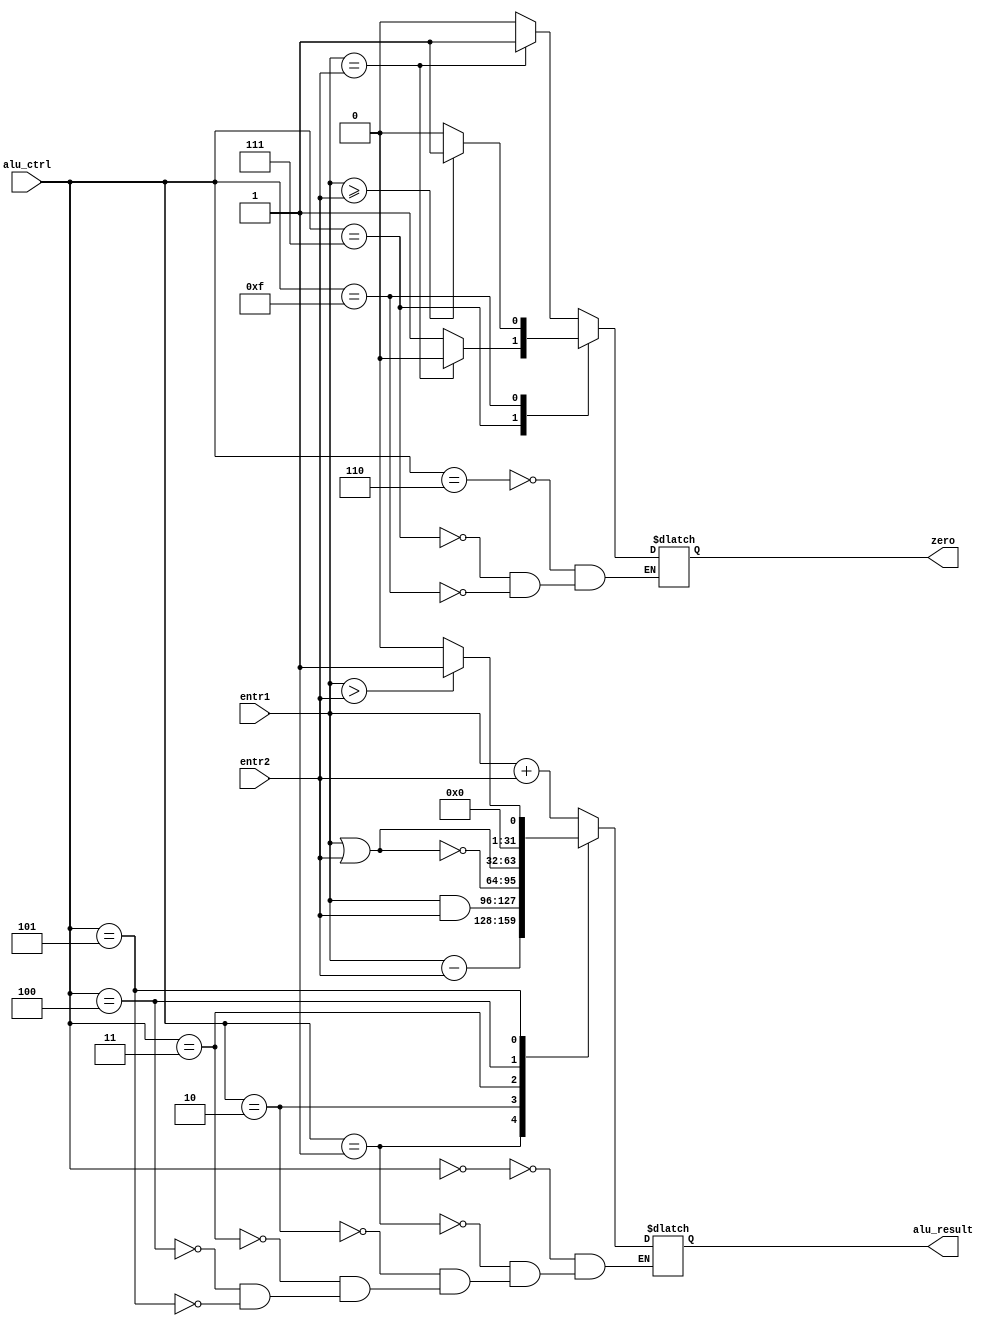
module ALU(entr1,entr2,alu_ctrl,alu_result,zero);
//entradas al alu
input [31:0] entr1, entr2;
//orden de la instruccion 
input [3:0] alu_ctrl;

output reg zero;
initial begin
zero = 1'b0;
end

output reg [31:0] alu_result;
/*
ISA-1:
add,addi,sub,and,andi,nor,ori,or,slti,slt.
ISA-2:

*/

always@(*)
begin
  case(alu_ctrl) 
    //ADD
    4'b0000:
	    alu_result= entr1+entr2;
    //SUB
    4'b0001: 
	    alu_result = entr1 - entr2;
    //AND
    4'b0010: 
	    alu_result = entr1 & entr2;
    //NOR
    4'b0011: 
        alu_result = ~(entr1 | entr2);
    //OR
    4'b0100:
        alu_result = entr1 | entr2;
    //SLT
    4'b0101:
    begin 
    if(entr1>entr2)
        alu_result = 1'b1;
    else
        alu_result = 1'b0;
    end
    //BEQ
    4'b0110: 
    begin
	  if(entr1==entr2)
        zero = 1'b1;
    else 
        zero = 1'b0;
    end
    //BNQ
    4'b0111:
    begin
	  if(entr1==entr2)
      zero = 1'b0;
    else 
      zero = 1'b1;
    end
    //BGEZ
    4'b1111:
    begin
	  if(entr1>=entr2)
      zero = 1'b1;
    else 
      zero = 1'b0;
    end

  endcase
end
endmodule